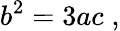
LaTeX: b^{2}=3ac\; ,